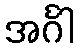
အင်္ဂါ